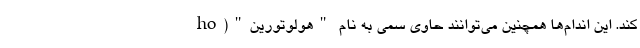
کند. این اندام‌ها همچنین می‌توانند حاوی سمی به نام "هولوتورین"(ho